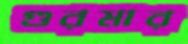
গুরমার